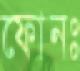
ফোনঃ